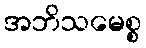
အဘိသမေစ္စ